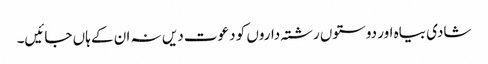
شادی بیاہ اور دوستوں رشتہ داروں کو دعوت دیں نہ ان کے ہاں جائیں۔